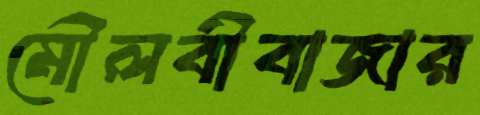
মৌলবীবাজার